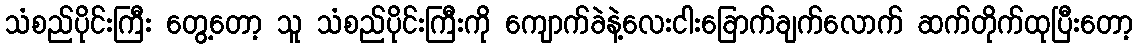
သံစည်ပိုင်းကြီး တွေ့တော့ သူ သံစည်ပိုင်းကြီးကို ကျောက်ခဲနဲ့လေးငါးခြောက်ချက်လောက် ဆက်တိုက်ထုပြီးတော့